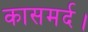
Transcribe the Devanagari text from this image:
कासमर्द।